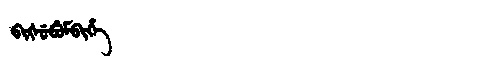
Manchu: ᠪᡳᡧᡠᠪᡠᠮᠪᡳᡥᡝ
Romanization: BIŠUBUMBIHE